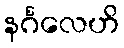
နင်္ဂလေဟိ